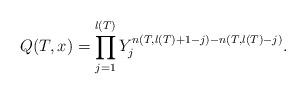
LaTeX: \begin{align*} Q(T, x) &= \prod_{j = 1}^{l(T)} Y_j^{n(T, l(T) + 1 - j) - n(T, l(T) - j)} .\end{align*}